Annual statistical returns and brief notes on vaccination in Bengal - 1896-1909
Year: 1896
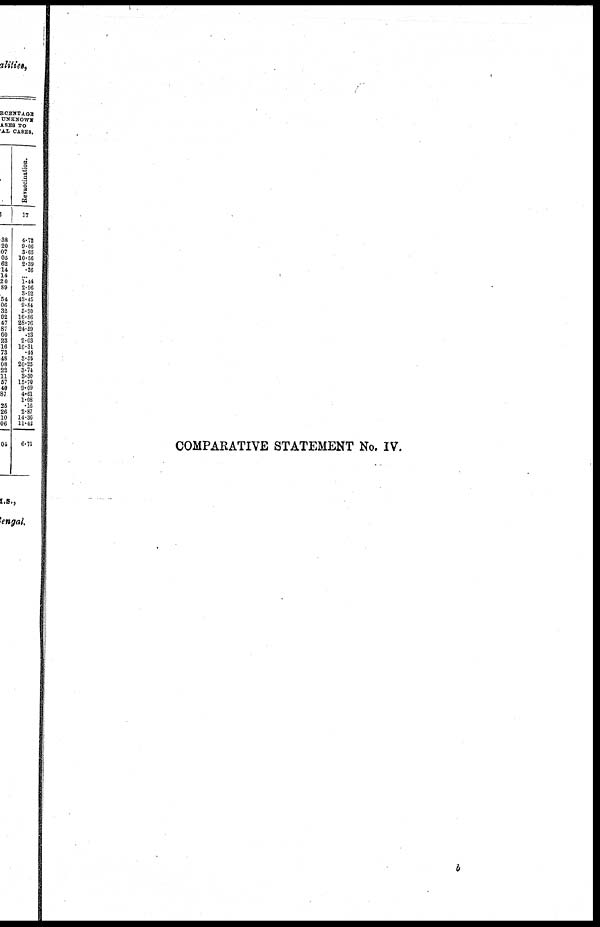
COMPARATIVE STATEMENT No. IV.
b